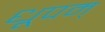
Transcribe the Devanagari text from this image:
धूपम्‌